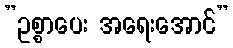
”ဥစ္စာပေး အရေးအောင်”